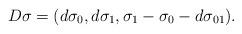
LaTeX: \begin{align*}D\sigma=(d\sigma_0, d\sigma_1, \sigma_1-\sigma_0-d\sigma_{01}).\end{align*}